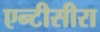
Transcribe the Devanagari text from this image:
एन्टीसीरा